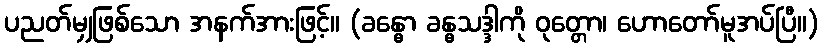
ပညတ်မျှဖြစ်သော အနက်အားဖြင့်။ (ခန္ဓော ခန္ဓသဒ္ဒါကို ဝုတ္တော၊ ဟောတော်မူအပ်ပြီ။)